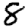
Digit: 8